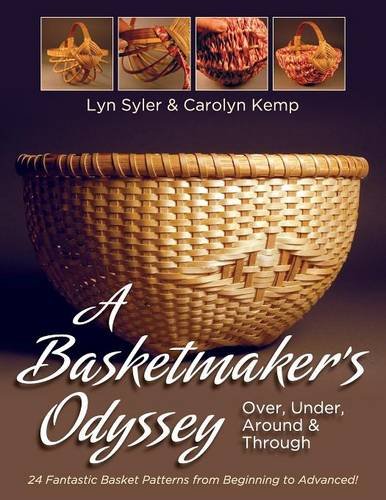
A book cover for A Basketmaker's Odyssey: Over, Under, Around & Through: 24 Great Basket Patterns from Easy Beginner to More Challenging Advanced; Lyn Syler; Crafts, Hobbies & Home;